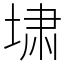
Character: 㙌